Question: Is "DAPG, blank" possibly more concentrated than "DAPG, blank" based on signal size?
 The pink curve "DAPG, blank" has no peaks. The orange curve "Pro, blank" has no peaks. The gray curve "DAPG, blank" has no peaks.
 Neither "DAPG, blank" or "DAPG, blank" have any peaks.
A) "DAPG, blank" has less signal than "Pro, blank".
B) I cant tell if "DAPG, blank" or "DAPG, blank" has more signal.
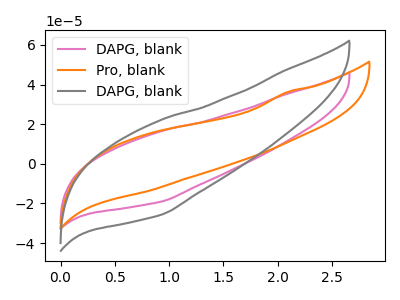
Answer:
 <answer>B) I cant tell if "DAPG, blank" or "DAPG, blank" has more signal.</answer>
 <eval>B</eval>